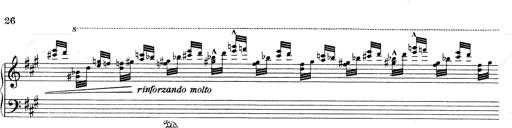
Title: Mephisto Waltz No.1
Composer: Franz Liszt